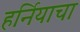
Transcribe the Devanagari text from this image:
हर्नियाचा